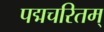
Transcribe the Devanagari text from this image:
पद्मचरितम्